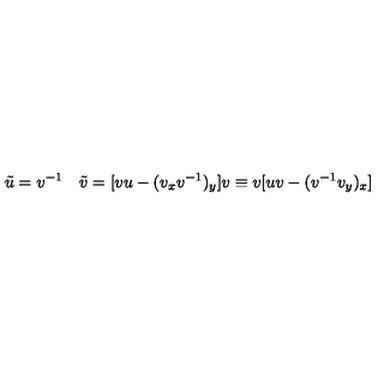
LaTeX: \tilde { u } = v ^ { - 1 } \quad \tilde { v } = [ v u - ( v _ { x } v ^ { - 1 } ) _ { y } ] v \equiv v [ u v - ( v ^ { - 1 } v _ { y } ) _ { x } ]